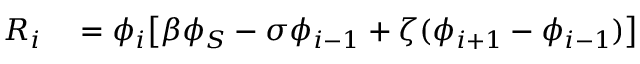
\begin{array} { r l } { R _ { i } } & { { } = \phi _ { i } \bigl [ \beta \phi _ { S } - \sigma \phi _ { i - 1 } + \zeta ( \phi _ { i + 1 } - \phi _ { i - 1 } ) \bigr ] } \end{array}